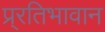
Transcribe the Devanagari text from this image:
प्र्रतिभावान